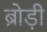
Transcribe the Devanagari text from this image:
ब्रोड़ी